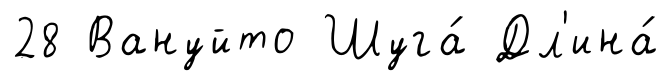
28 Вануйто Шуга́ Дл'ина́